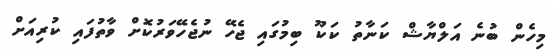
މިހެން ބުނެ އަލްޔާޝް ކަނާތު ކަކޫ ބިމުގައި ޖެހޭ ނުޖެހޭވަރުކޮށް ވާތުފައި ކުރިއަށް